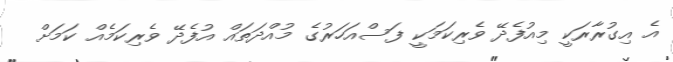
އެ އިގުރާރަކީ މިއުފެދޭ ވެރިކަމަކީ ފަސްއަހަރުގެ މުއްދަތައް އުފެދޭ ވެރިކަމެއް ކަމަށް